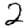
Digit: 2